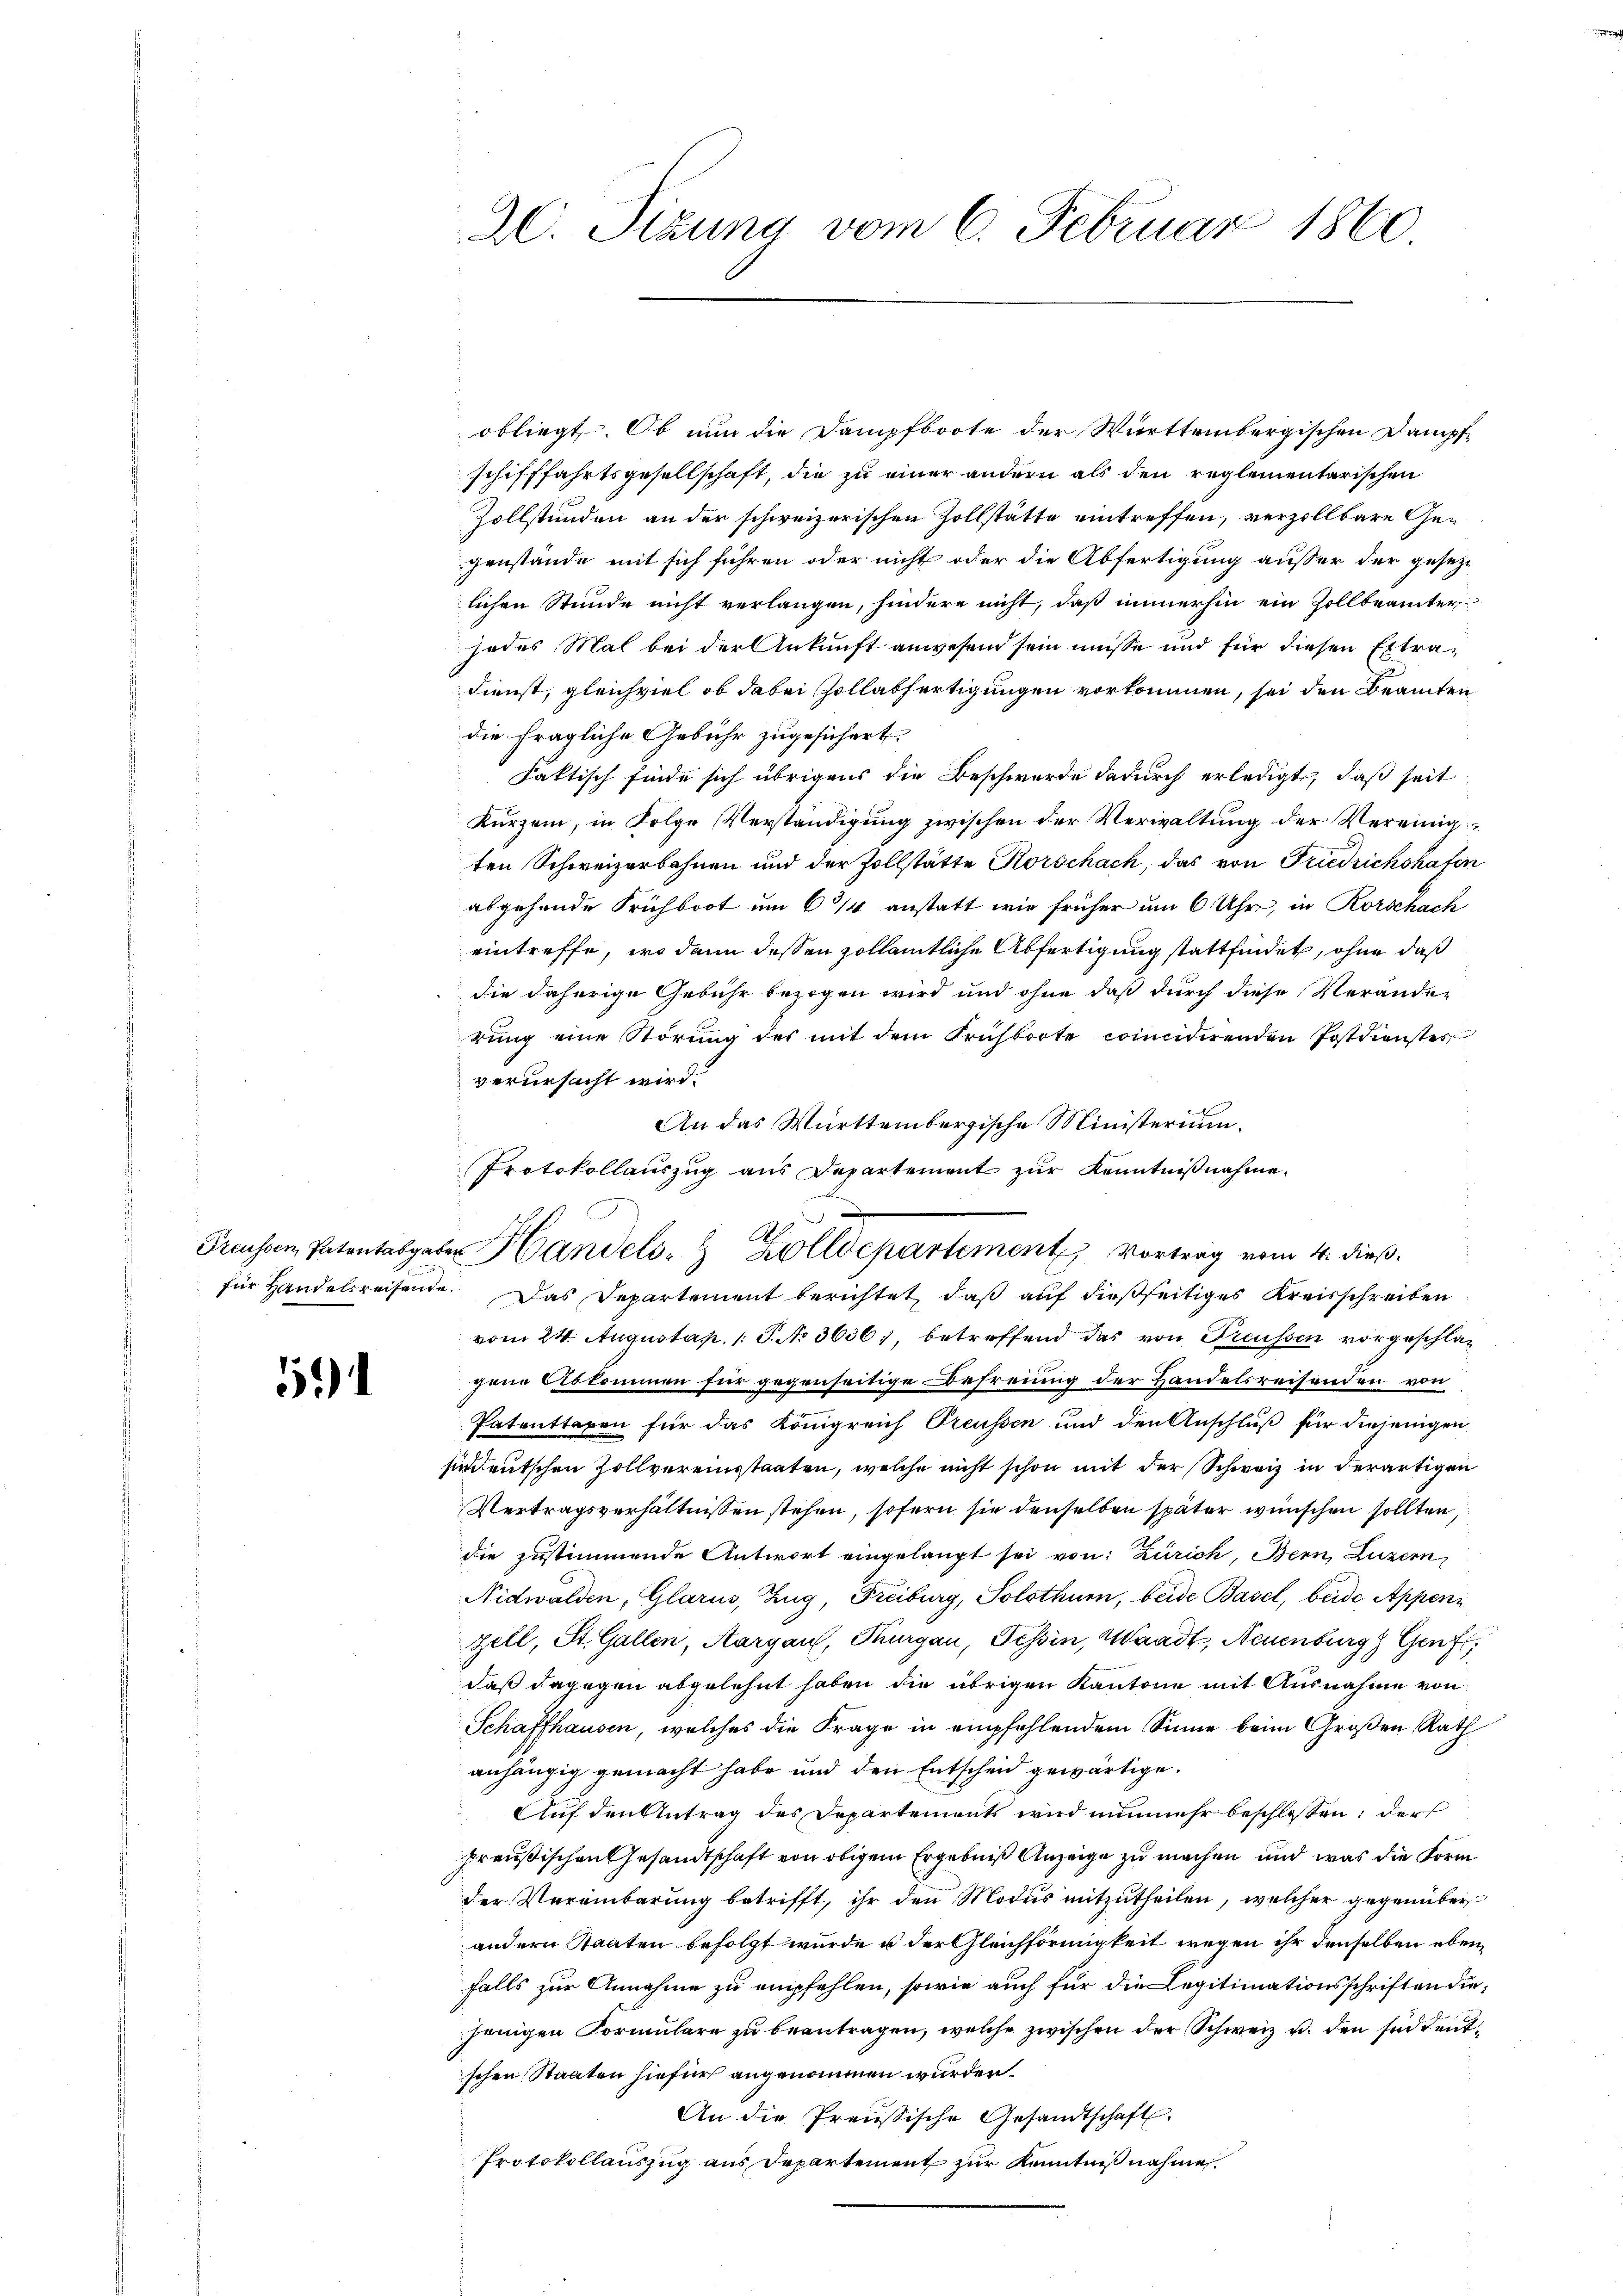
51)

AC. Sizung vom 6. Februar 1860

obliegt. Ob nun die Dampfboote der Württembergischen Dampfschifffahrtsgesellschaft, die zu einer andern als den reglementarischen
Zollstunden an der schweizerischen Zollstätte eintreffen, verzollbare Gegenstände mit sich führen oder nicht oder die Abfertigung außer der gesezlichen Stunde nicht verlangen, hindere nicht, daß immerhin ein Zollbeamter
jedes Mal bei der Ankunft anwesend sein müsse und für diesen Extra¬
Dienst, gleichviel ob dabei Zollatfertigungen vorkommen, sei den Beamten
die fragliche Gebühr zugesichert.
faktisch finde sich übrigens die Beschwerde dadurch erledigt, daß seit
Kurzem, in Folge Verständigung zwischen der Verwaltung der Vereinigten Schweizerbahnen und der Zollstätte Korschach, das von Friedrichshafen
abgehende Frühboot um 6/4 anstatt wie früher um 6 Uhr, in Rorschach
eintreffe, wo dann dessen zollämtliche Abfertigung stattfindet, ohne daß
die daherige Gebühr bezogen wird und ohne daß durch diese Veränder
rŭng eine Störŭng des mit dem Frühborte cincidirenden Postdienster
verursacht wird.
An das Württembergische Ministerium.
für Handelsreisende. Das Departement berichtet, daß auf dießseitiges Kreisschreiben
vom 24. Augustap. 1 S. No 3636), betreffend das von Freussen vorgeschlagene Abkommen für gegenseitige Befreiung der Handelsreisenden von
Patenttaxen für das Königreich Preussen und den Anschluß für diejenigen
sindeutschen Zollvereinstaaten, welche nicht schon mit der Schweiz in derartigen
Vertragsverhältnissen stehen, sofern sie denselben später wünschen sollten,
die zustimmende Antwort eingelangt sei von: Zürich, Bern, Luzern,
Nidwalden, Glarus, Zug, Freiburg, Solothurn, beide Basel, beide Appeni
Zell, St. Gallen, Aargau, Thurgau, Tessin, Waadt, Neuenburg Genf,
daß dagegen abgelehnt haben die übrigen Kantone mit Ausnahme von
Schaffhausen, welches die Frage in empfehlendem Sinne beim Großen Rath
anhängig gemacht habe und den Entscheid gewärtige.
Auf den Antrag des Departements wird nunmehr beschlossen; der
preußischen Gesandtschaft von obigem Ergebniß Anzeige zu machen und was die Form
der Vereinbarung betrifft, ihr den Modus mitzutheilen, welcher gegenüber
andern Staaten befolgt wurde u der Gleichförmigkeit wegen ihr denselben ebenfalls zur Annahme zu empfehlen, sowie auch für die Legitimationsschriften diejenigen Formulare zu beantragen, welche zwischen der Schweiz u. den süddentschen Staaten hiefür angenommen wurden.
An die Preussische Gesandtschaft.
Protokollauszug aus Departement zur Kenntnißnahme.

Protokollauszug aus Departement zur Kenntnißnahme.
A
Treussen Patentabgaber Handels- & Zolldepartement Vortrag vom 4. dieβ.